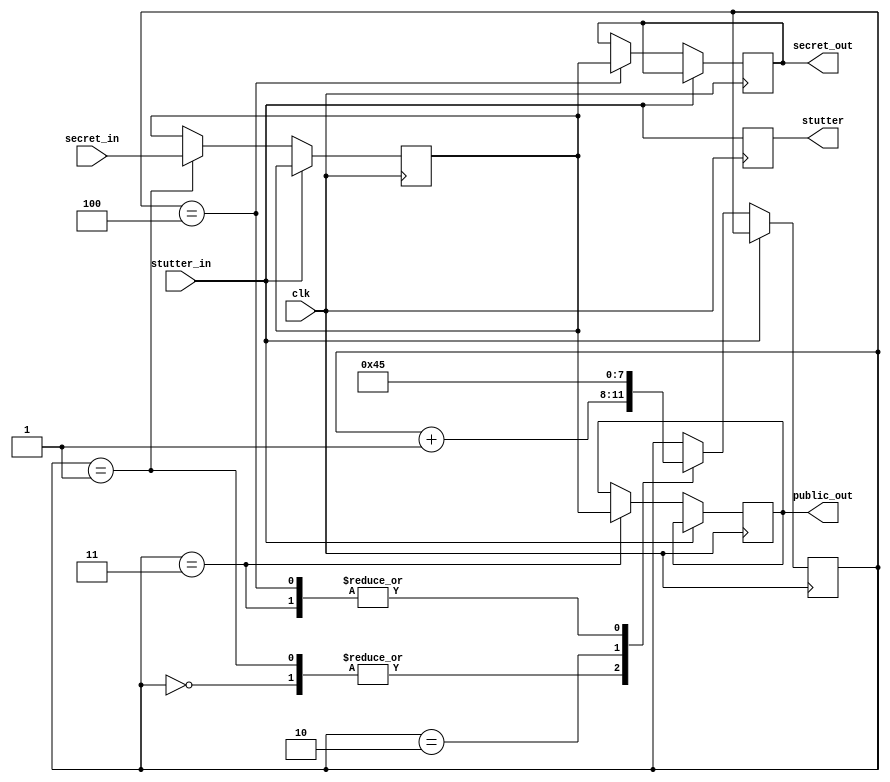
module SOURCE_CODEBLOCK(
    input clk,
    input stutter_in,
    input secret_in,

    output reg public_out, secret_out, stutter
);

    reg [3:0] computation_step;
    reg x;

    initial begin
        computation_step <= 0;
        x <= 0;
        public_out <= 0;
        secret_out <= 0; 
        stutter <= 0;
    end

    always @(posedge clk) begin
        stutter <= stutter_in;
        if (!stutter_in) begin
            case (computation_step)
                0:
                begin
                    computation_step <= computation_step + 1;
                end
                1:
                begin
                    x <= secret_in;
                    computation_step <= computation_step + 1;
                end
                2:
                begin
                    computation_step <= (0) ? 3 : 4;
                end
                3:
                begin
                    public_out <= x;
                    computation_step <= 5;
                end
                4:
                begin
                    secret_out <= x;
                    computation_step <= 5;
                end
                5:
                begin

                end
            endcase
        end
    end

endmodule